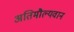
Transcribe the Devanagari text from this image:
अतिमौल्यवान